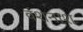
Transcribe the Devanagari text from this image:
वंशनाश